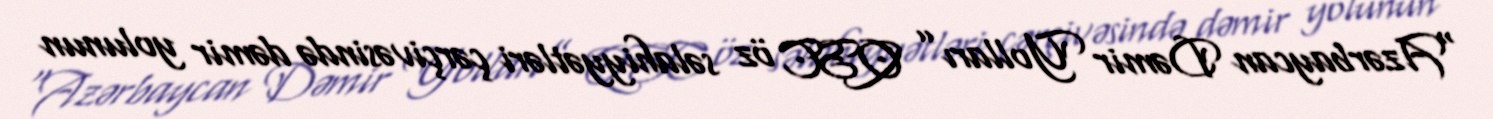
“Azərbaycan Dəmir Yolları” QSC öz səlahiyyətləri çərçivəsində dəmir yolunun